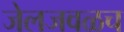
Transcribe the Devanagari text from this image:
जेलजवळच